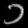
Digit: ၁